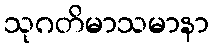
သုဂတိမာသမာနာ